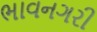
ભાવનગરી